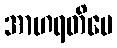
အာဟရတိပေ